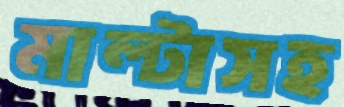
মাল্টাসহ